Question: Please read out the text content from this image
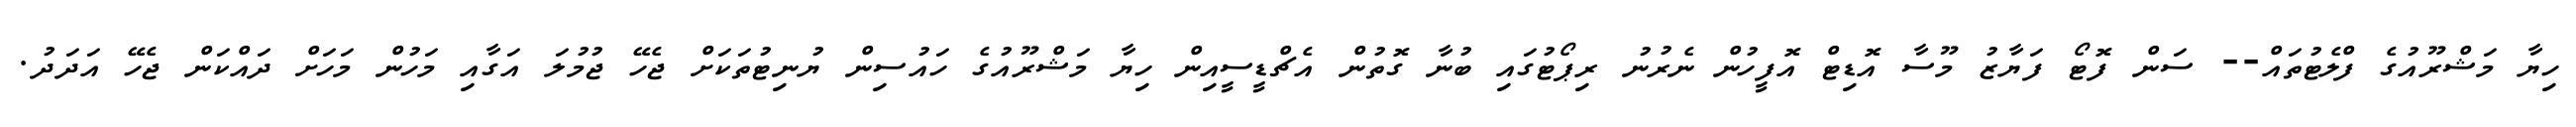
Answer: ހިޔާ މަޝްރޫއުގެ ފްލެޓުތައް-- ސަން ފޮޓޯ ފަޔާޒު މޫސާ އޮޑިޓް އޮފީހުން ނެރުނު ރިޕޯޓުގައި ބުނާ ގޮތުން އެޗްޑީސީއިން ހިޔާ މަޝްރޫއުގެ ހައުސިން ޔުނިޓުތަކަށް ޖެހޭ ޖުމުލަ އަގާއި މަހުން މަހަށް ދައްކަން ޖެހޭ އަދަދު.